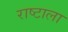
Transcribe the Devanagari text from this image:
राष्टाला